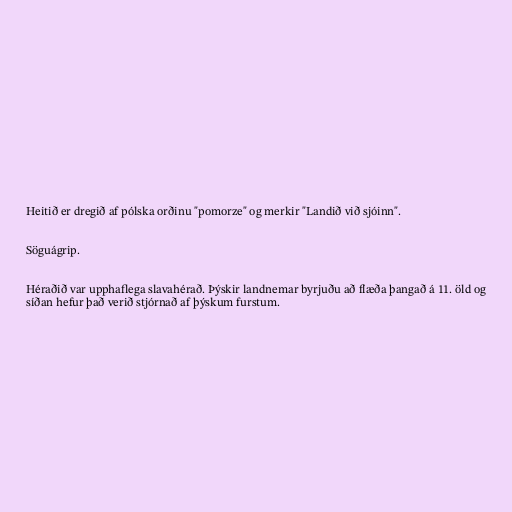
Heitið er dregið af pólska orðinu "pomorze" og merkir "Landið við sjóinn".

Söguágrip.

Héraðið var upphaflega slavahérað. Þýskir landnemar byrjuðu að flæða þangað á 11. öld og
síðan hefur það verið stjórnað af þýskum furstum.